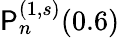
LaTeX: \mathsf{P}_{n}^{(1,s)}(0.6)